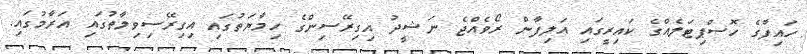
ހައިފާގެ ހޮސްޕިޓަލެއްގެ ކައިރީގައި އަލިފާން ރޯވެއްޖެ ނަޝީދު އިގިރޭސިންގެ ހިމާޔަތުގައި އިގިރޭސިވިލާތުގައި އަރާމުގައި.